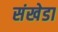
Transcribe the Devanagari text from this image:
संखेडा